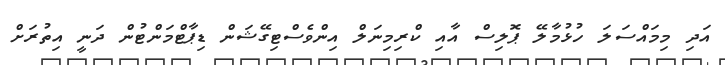
އަދި މިމައްސަލަ ހުޅުމާލޭ ޕޮލިސް އާއި ކްރިމިނަލް އިންވެސްޓިގޭޝަން ޑިޕާޓްމަންޓުން ދަނީ އިތުރަށް